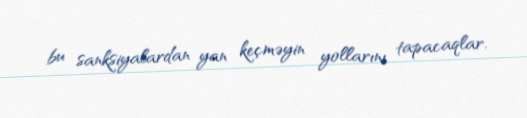
bu sanksiyalardan yan keçməyin yollarını tapacaqlar.